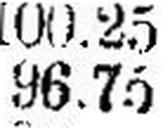
96.75